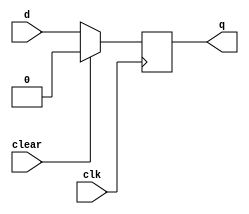
`timescale 1ns / 1ps
//////////////////////////////////////////////////////////////////////////////////
// Company: 
// Engineer: 
// 
// Design Name: 
// Module Name: DFF_clr
// Project Name: 
// Target Devices: 
// Tool Versions: 
// Description: 
// 
// Dependencies: 
// 
// Revision:
// Revision 0.01 - File Created
// Additional Comments:
// 
//////////////////////////////////////////////////////////////////////////////////


module DFF_clr(
    input d,
    input clk,
    input clear,
    output reg q
    );
    always@(posedge clk)
    begin
        if (clear == 1)
            q=1'b0;
        else
            q=d;   
    end
endmodule